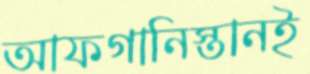
আফগানিস্তানই